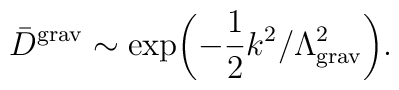
{\bar D}^{\rm grav}\sim\exp\biggl(-\frac{1}{2}k^2/\Lambda^2_{\rm grav}\biggr).